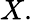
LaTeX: X.